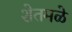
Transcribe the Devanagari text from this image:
शेतमळे